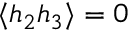
\langle h _ { 2 } h _ { 3 } \rangle = 0